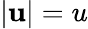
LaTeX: |\mathbf{u}|=u